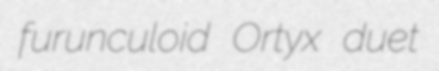
furunculoid Ortyx duet